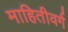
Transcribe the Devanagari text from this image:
माहितीवर्ग